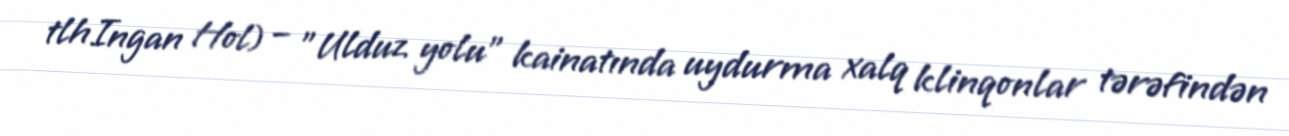
tlhIngan Hol) – "Ulduz yolu" kainatında uydurma xalq klinqonlar tərəfindən